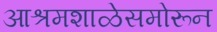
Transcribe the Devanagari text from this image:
आश्रमशाळेसमोरून